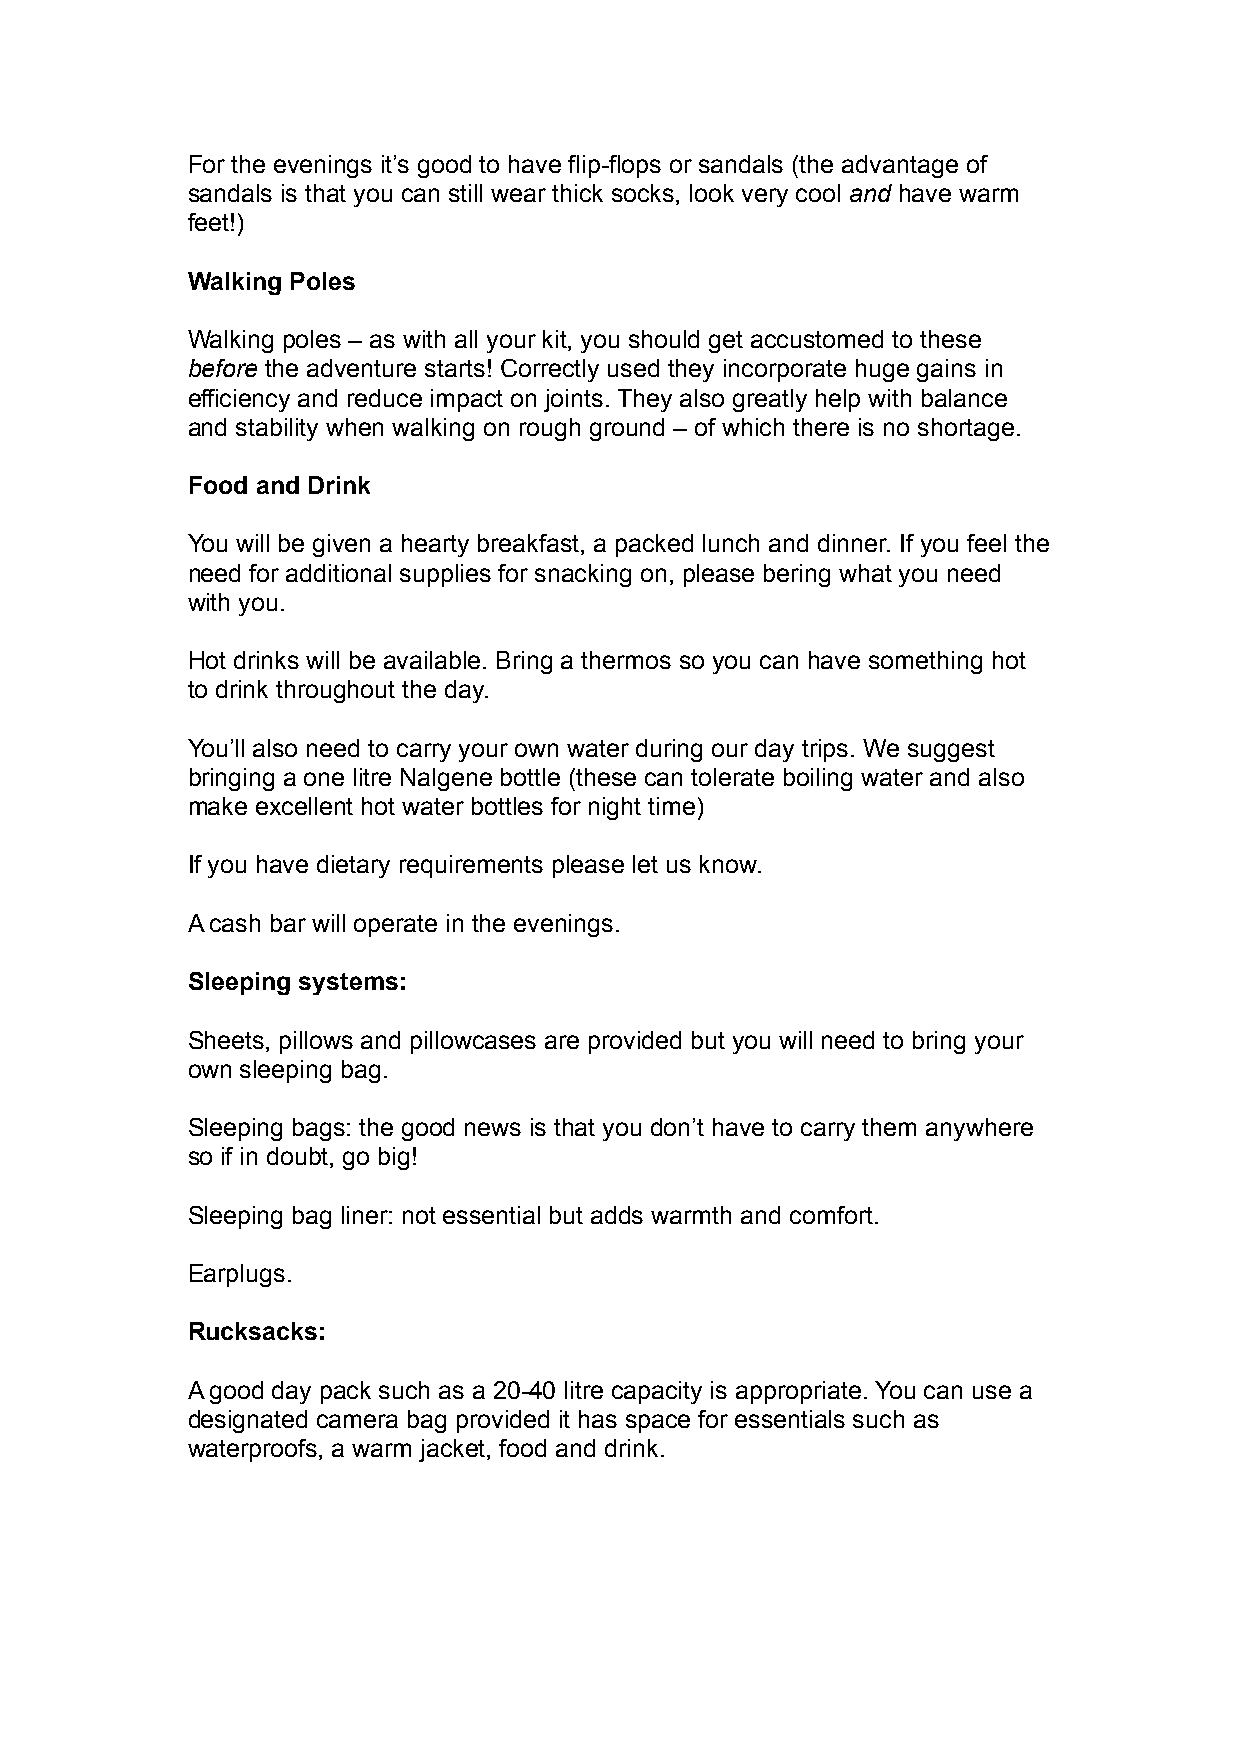
For the evenings it’s good to have flip-flops or sandals (the advantage of
 sandals is that you can still wear thick socks, look very cool and have warm
 feet!)
 Walking Poles
 Walking poles – as with all your kit, you should get accustomed to these
 before the adventure starts! Correctly used they incorporate huge gains in
 efficiency and reduce impact on joints. They also greatly help with balance
 and stability when walking on rough ground – of which there is no shortage.
 Food and Drink
 You will be given a hearty breakfast, a packed lunch and dinner. If you feel the
 need for additional supplies for snacking on, please bering what you need
 with you.
 Hot drinks will be available. Bring a thermos so you can have something hot
 to drink throughout the day.
 You’ll also need to carry your own water during our day trips. We suggest
 bringing a one litre Nalgene bottle (these can tolerate boiling water and also
 make excellent hot water bottles for night time)
 If you have dietary requirements please let us know.
 A cash bar will operate in the evenings.
 Sleeping systems:
 Sheets, pillows and pillowcases are provided but you will need to bring your
 own sleeping bag.
 Sleeping bags: the good news is that you don’t have to carry them anywhere
 so if in doubt, go big!
 Sleeping bag liner: not essential but adds warmth and comfort.
 Earplugs.
 Rucksacks:
 A good day pack such as a 20-40 litre capacity is appropriate. You can use a
 designated camera bag provided it has space for essentials such as
 waterproofs, a warm jacket, food and drink.